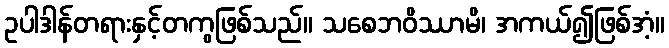
ဥပါဒါန်တရားနှင့်တကွဖြစ်သည်။ သစေဘဝိဿာမိ၊ အကယ်၍ဖြစ်အံ့။